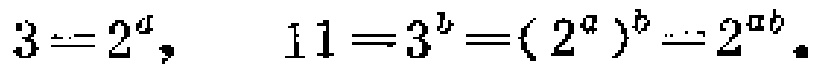
$3 = 2^{a},\ \ 11 = 3^{b}=(2^{a})^{b}=2^{ab}.$